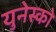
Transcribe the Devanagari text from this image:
युनेस्‍को